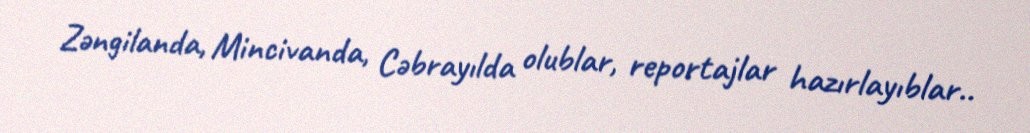
Zəngilanda, Mincivanda, Cəbrayılda olublar, reportajlar hazırlayıblar..